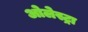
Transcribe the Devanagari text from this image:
ओलेस्ट्रा